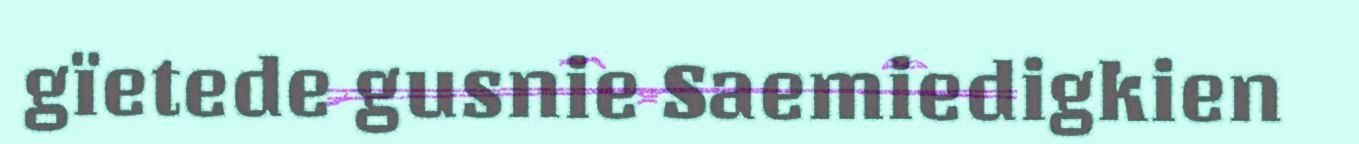
gïetede gusnie Saemiedigkien